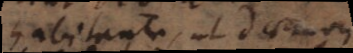
habitante, ut daemon